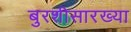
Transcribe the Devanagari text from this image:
बुरशीसारख्या